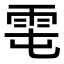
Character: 𩂄